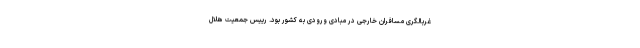
غربالگری مسافران خارجی در مبادی ورودی به کشور بود. رییس جمعیت هلال